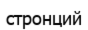
стронций